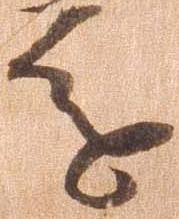
進